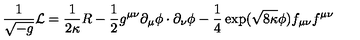
\frac { 1 } { \sqrt { - g } } { \cal L } = \frac { 1 } { 2 \kappa } R - \frac { 1 } { 2 } g ^ { \mu \nu } \partial _ { \mu } \phi \cdot \partial _ { \nu } \phi - \frac { 1 } { 4 } \exp ( \sqrt { 8 \kappa } \phi ) f _ { \mu \nu } f ^ { \mu \nu }